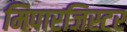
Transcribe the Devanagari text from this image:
मिपारजिस्टर